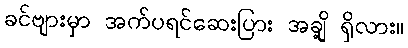
ခင်ဗျားမှာ အက်ပရင်ဆေးပြား အချို့ ရှိလား။